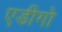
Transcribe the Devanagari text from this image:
एडीगो